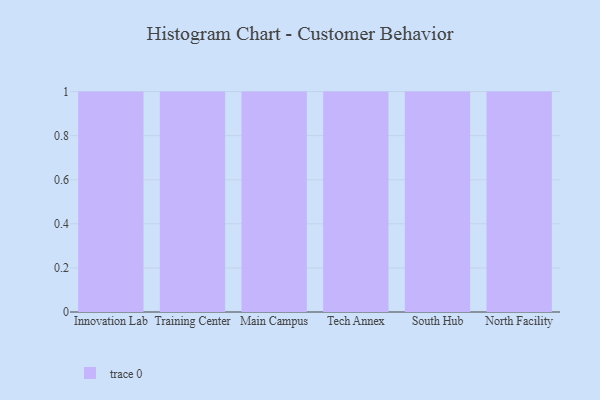
{"axis": {"x": "Campus", "y": "Tickets Resolved"}, "legend": [""], "data": [{"x": "Innovation Lab", "y": 23, "type": ""}, {"x": "Training Center", "y": 28, "type": ""}, {"x": "Main Campus", "y": 23, "type": ""}, {"x": "Tech Annex", "y": 88, "type": ""}, {"x": "South Hub", "y": 33, "type": ""}, {"x": "North Facility", "y": 5, "type": ""}]}